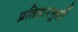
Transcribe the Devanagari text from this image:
प्रतिहारमूर्ती